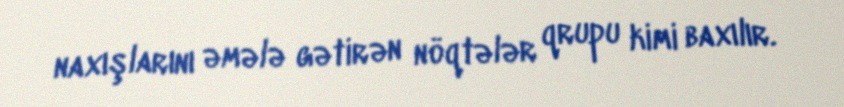
naxışlarını əmələ gətirən nöqtələr qrupu kimi baxılır.